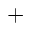
^ +